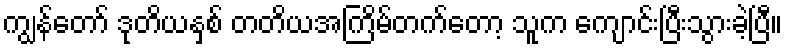
ကျွန်တော် ဒုတိယနှစ် တတိယအကြိမ်တက်တော့ သူက ကျောင်းပြီးသွားခဲ့ပြီ။